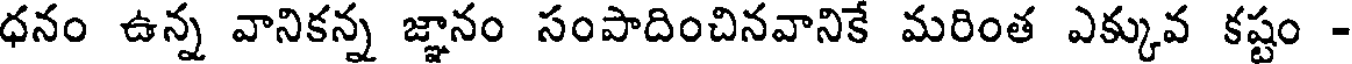
ధనం ఉన్న వానికన్న జ్ఞానం సంపాదించినవానికే మరింత ఎక్కువ కష్టం -